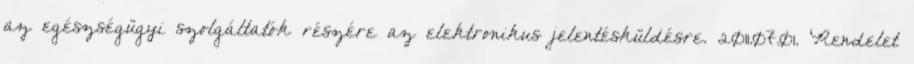
az egészségügyi szolgáltatók részére az elektronikus jelentésküldésre. 2011.07.01. Rendelet